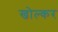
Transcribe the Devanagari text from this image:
खोल्कर